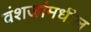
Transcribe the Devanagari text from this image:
वंशजांमधील